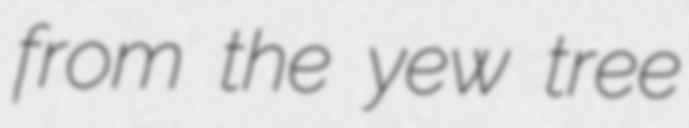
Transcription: from the yew tree